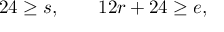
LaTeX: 2 4 \geq s , \qquad 1 2 r + 2 4 \geq e ,